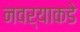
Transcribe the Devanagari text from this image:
नवर्‍याकडे